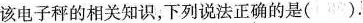
该电子秤的相关知识，下列说法正确的是().